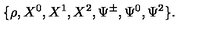
\{ \rho , X ^ { 0 } , X ^ { 1 } , X ^ { 2 } , \Psi ^ { \pm } , \Psi ^ { 0 } , \Psi ^ { 2 } \} .